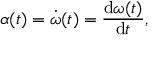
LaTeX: \alpha ( t ) = { \dot { \omega } } ( t ) = { \frac { \mathrm { d } \omega ( t ) } { \mathrm { d } t } } ,